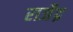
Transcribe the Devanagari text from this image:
राजे॑द्र